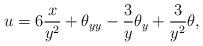
LaTeX: \begin{align*}u=6\frac x{y^2}+\theta_{yy}-\frac3y\theta_y+\frac3{y^2}\theta,\end{align*}